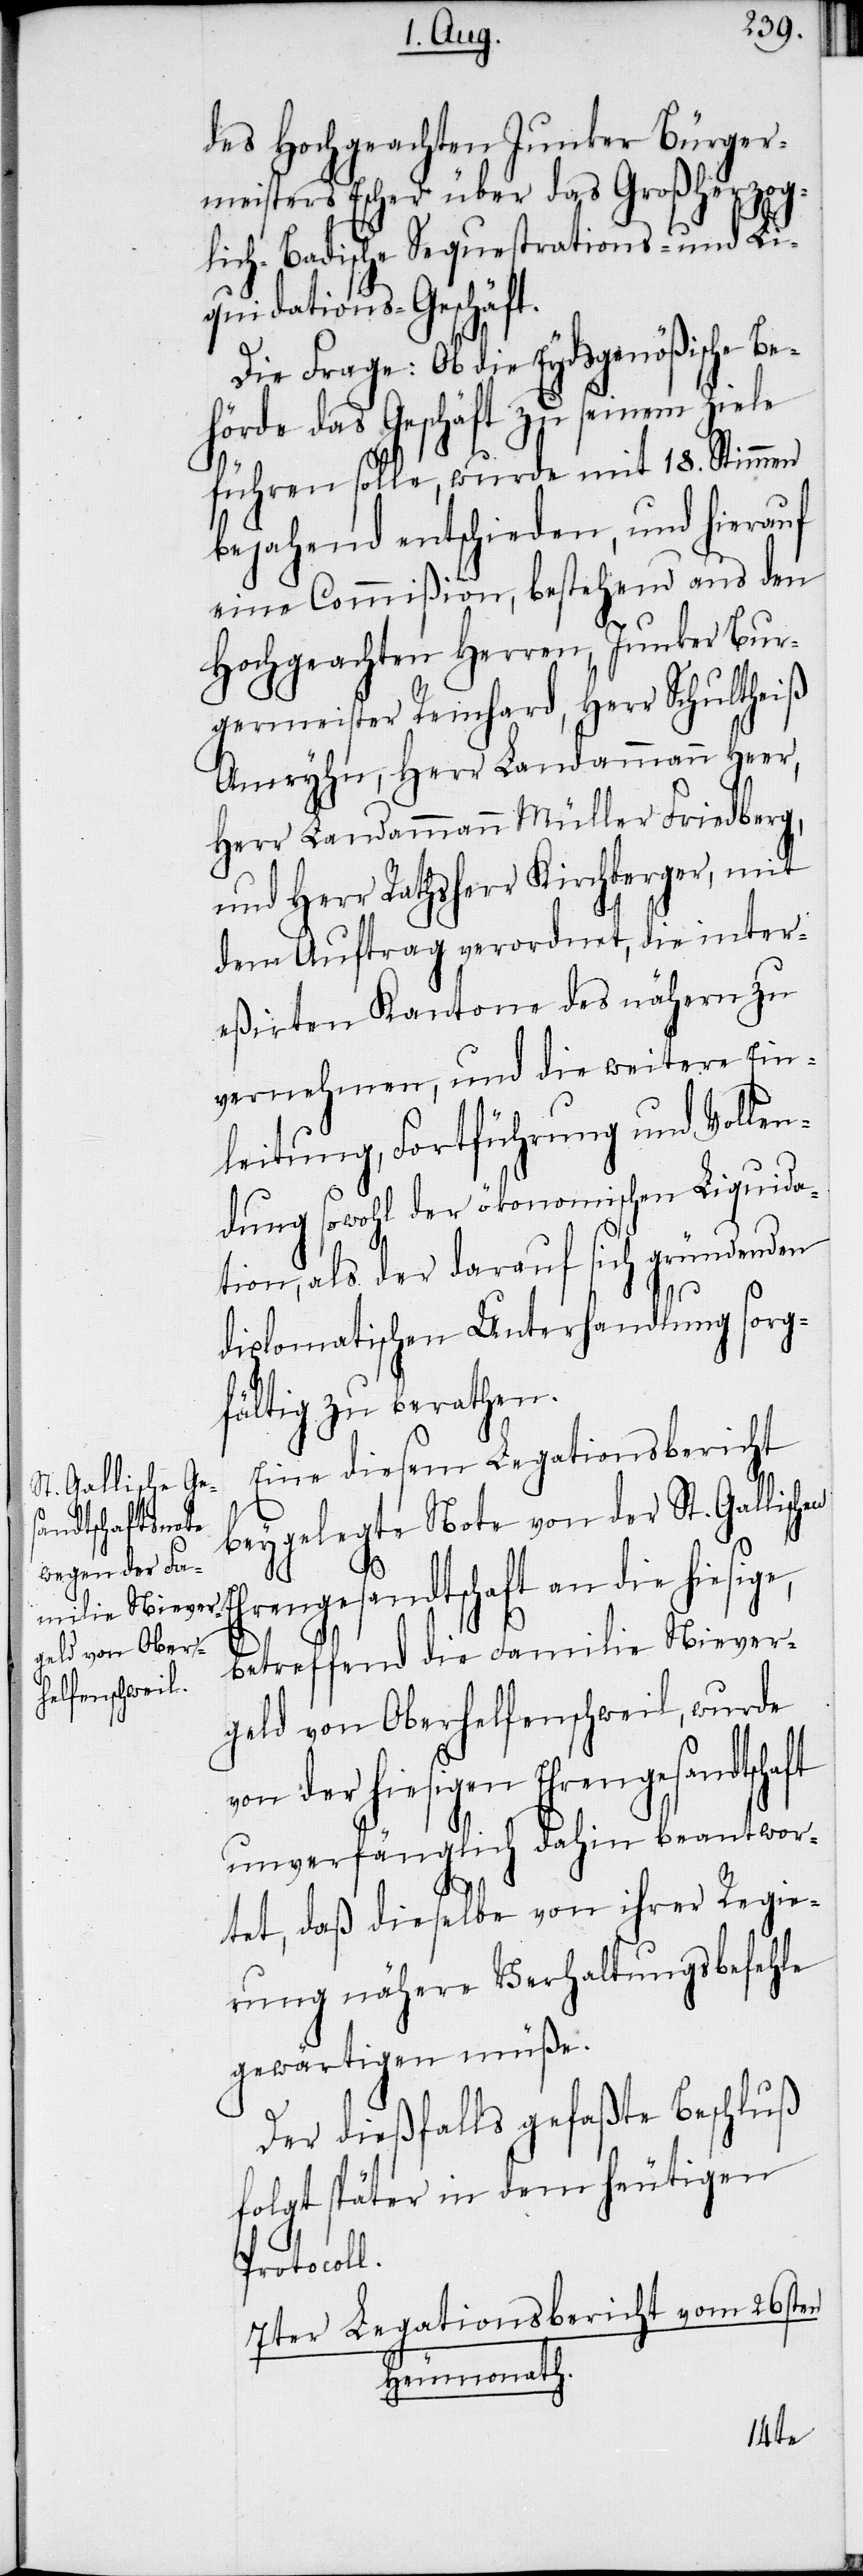
des Hochgeachten Junker Bürger¬
meisters Escher über das Großherzog¬
lich-Badische Sequestrations- und Li¬
quidations-Geschäft.
Die Frage: Ob die Eydsgenößische Be¬
hörde das Geschäft zu seinem Ziele
führen solle, wurde mit 18. Stimmen
bejahend entschieden, und hierauf
eine Commißion, bestehend aus den
Hochgeachten Herren, Junker Bur¬
germeister Reinhard, Herr Schultheiß
Amryhn, Herr Landammann Heer,
Herr Landammann Müller Friedberg,
und Herr Rathsherr Kirchberger, mit
dem Auftrag verordnet, die inter¬
eßirten Kantone des nähern zu
vernehmen, und die weitere Ein¬
leitung, Fortführung und Vollen¬
dung sowohl der ökonomischen Liquida¬
tion, als der darauf sich gründenden
diplomatischen Unterhandlung sorg¬
fältig zu berathen.
Eine diesem Legationsbericht
beygelegte Note von der St. Gallisch¬
hrengesandtschaft an die hiesige,
betreffend die Familie Niever¬
geld von Oberhelfenschweil, wurde
von der hiesigen Ehrengesandtscha¬
unverfänglich dahin beantwor¬
tet, daß dieselbe von ihrer Regie¬
rung nähere Verhaltungsbefehle
gewärtigen müße.
Der dießfalls gefaßte Beschluß
folgt später in dem heutigen
Protocoll.
7ter Legationsbericht vom 26sten
Heumonath.
ft